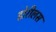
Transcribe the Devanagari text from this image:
डोरीलस